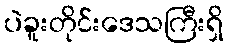
ပဲခူးတိုင်းဒေသကြီးရှိ